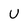
Character: U